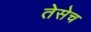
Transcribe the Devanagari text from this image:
तेसेच